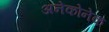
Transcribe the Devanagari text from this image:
अनेकोनेक